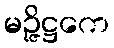
မဉ္ဇိဋ္ဌကေ